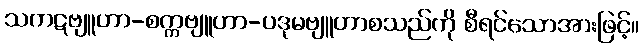
သကဋဗျူဟာ-စက္ကဗျူဟာ-ပဒုမဗျူဟာစသည်ကို စီရင်သောအားဖြင့်။